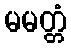
မမတ္တံ